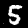
Digit: 5